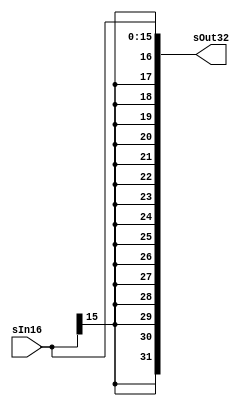
`timescale 1 ps / 100 fs
// Verilog project: 32-bit 5-stage Pipelined MIPS Processor in Verilog 
// Sign-Extension
module sign_extend(sOut32,sIn16);
output [31:0] sOut32;
input [15:0] sIn16;
assign sOut32 = {{16{sIn16[15]}},sIn16};
endmodule
// Shift left 2 module 
module shift_left_2(Out32, In32);
output [31:0] Out32;
input [31:0] In32;

assign Out32 = {In32[29:0],2'b00};
endmodule